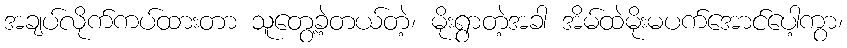
အချပ်လိုက်ကပ်ထားတာ သူတွေ့ခဲ့တယ်တဲ့၊ မိုးရွာတဲ့အခါ အိမ်ထဲမိုးမပက်အောင်ပေါ့ကွာ၊